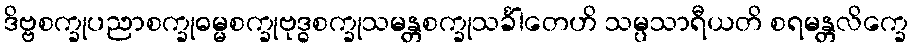
ဒိဗ္ဗစက္ခုပညာစက္ခုဓမ္မစက္ခုဗုဒ္ဓစက္ခုသမန္တစက္ခုသင်္ခါတေဟိ သမ္ပသာရီယတိ စရမန္တလိက္ခေ